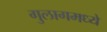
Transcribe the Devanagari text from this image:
गुलागमध्ये